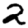
Digit: 2